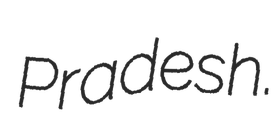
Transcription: Pradesh.